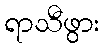
ရာသီဖွား